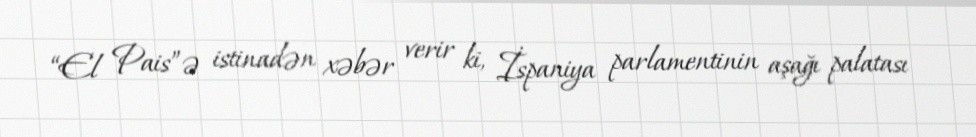
“El Pais”ə istinadən xəbər verir ki, İspaniya parlamentinin aşağı palatası